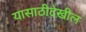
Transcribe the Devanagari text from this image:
यासाठीदेखील